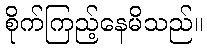
စိုက်ကြည့်နေမိသည်။